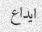
ايداع